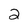
Character: 2